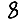
Digit: 8